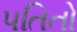
પતિતો